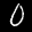
Label: 0